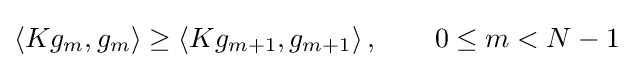
\left\langle Kg_{m},g_{m}\right\rangle \geq \left\langle Kg_{m+1},g_{m+1}\right\rangle ,\qquad 0\leq m<N-1